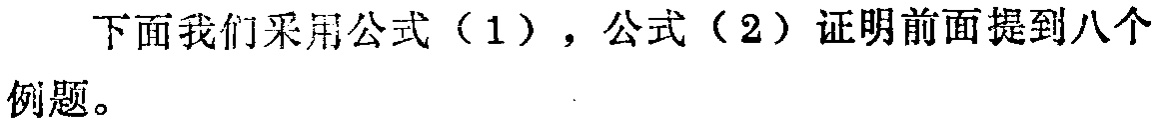
下面我们采用公式（1），公式（2）证明前面提到八个例题。